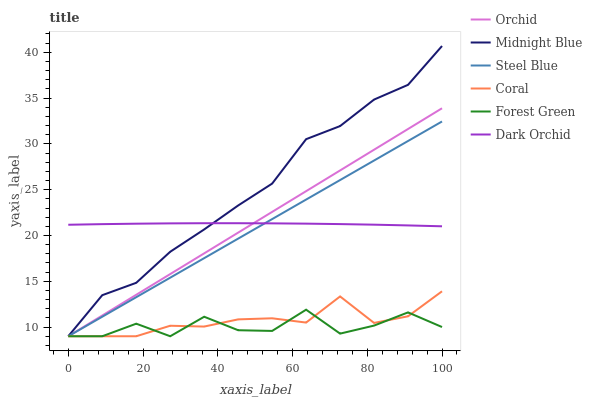
| xaxis_label | Orchid | Midnight Blue | Steel Blue | Coral | Forest Green | Dark Orchid |
 | --- | --- | --- | --- | --- | --- | --- |
 | 0 | 9 | 9 | 9 | 9 | 9 | 21.2 |
 | 9.09 | 11.3 | 13.5 | 11.1 | 9 | 9 | 21.2 |
 | 18.2 | 13.5 | 14.8 | 13.3 | 9 | 10.4 | 21.3 |
 | 27.3 | 15.8 | 18.2 | 15.4 | 10.1 | 9 | 21.3 |
 | 36.4 | 18.1 | 20.7 | 17.5 | 10.1 | 11.1 | 21.3 |
 | 45.5 | 20.3 | 23.3 | 19.7 | 10.8 | 9.66 | 21.3 |
 | 54.5 | 22.6 | 25.7 | 21.8 | 11 | 9.58 | 21.3 |
 | 63.6 | 24.8 | 30.5 | 23.9 | 10.5 | 11.9 | 21.3 |
 | 72.7 | 27.1 | 31.9 | 26.1 | 13.3 | 9.29 | 21.2 |
 | 81.8 | 29.4 | 34.8 | 28.2 | 10.5 | 10.2 | 21.2 |
 | 90.9 | 31.6 | 36.4 | 30.3 | 11.2 | 11.6 | 21.1 |
 | 100 | 33.9 | 40.7 | 32.4 | 13.9 | 10 | 21 |